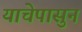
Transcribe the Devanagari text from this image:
याचेपासुन